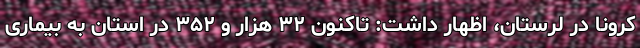
کرونا در لرستان، اظهار داشت: تاکنون ۳۲ هزار و ۳۵۲ در استان به بیماری